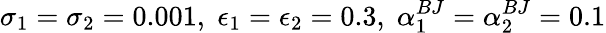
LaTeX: \sigma_{1}=\sigma_{2}=0.001,\; \epsilon_{1}=\epsilon_{2}=0.3,\; \alpha_{1}^{BJ}=\alpha_{2}^{BJ}=0.1